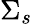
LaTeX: \Sigma_{s}